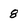
Character: 8